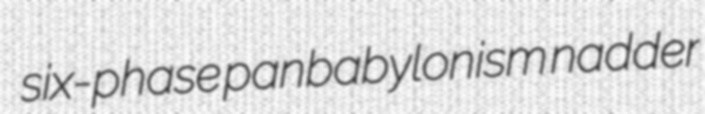
six-phase panbabylonism nadder